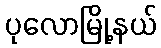
ပုလောမြို့နယ်